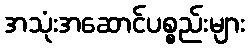
အသုံးအဆောင်ပစ္စည်းများ